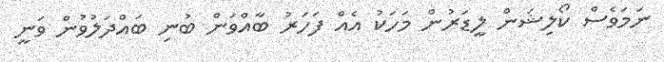
ނަމަވެސް ކޯލިޝަން ލީޑަރުން މަހަކު އެއް ފަހަރު ބާއްވަން ބުނި ބައްދަލުވުން ވަނީ